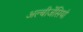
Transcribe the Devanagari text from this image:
अल्बीजेंसियां